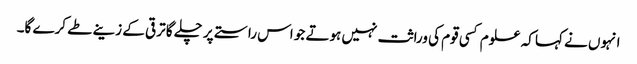
انہوں نے کہا کہ علوم کسی قوم کی وراثت نہیں ہوتے جو اس راستے پر چلے گا ترقی کے زینے طے کرے گا۔